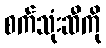
စက်သုံးဆီကို